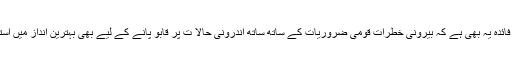
اس ہتھیار کا ایک اور فائدہ یہ بھی ہے کہ بیرونی خطرات قومی ضروریات کے ساتھ ساتھ اندرونی حالا ت پر قابو پانے کے لیے بھی بہترین انداز میں استعمال کیا جا سکتا ہے۔